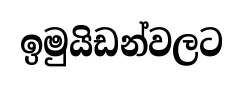
ඉමුයිඩන්වලට